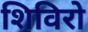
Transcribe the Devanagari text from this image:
शिविरो